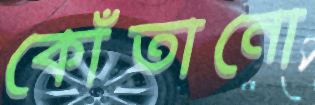
কোঁতানো